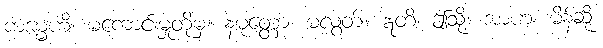
ကမ္မေဟိ၊ မကောင်းမှုတို့မှ။ နမုတ္တော၊ မလွတ်။ ဣတိ၊ ဤသို့။ အာဟ၊ မိန့်ဆို